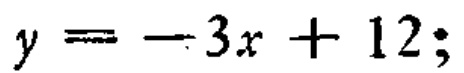
\(y = - 3x + 12;\)